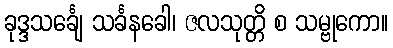
ခုဒ္ဒသင်္ချေ သင်္ခနခေါ၊ ဇလသုတ္တိ စ သမ္ဗုကော။